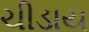
ચીડાય